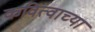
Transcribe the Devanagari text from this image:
कवित्वाच्या